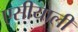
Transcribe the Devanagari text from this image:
एसीयाली